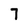
Character: 7